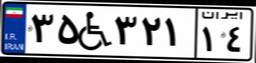
۰۴W۴۴۴۸۶